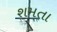
શમતા